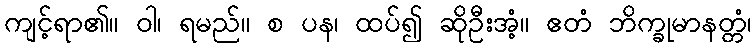
ကျင့်ရာ၏။ ဝါ၊ ရမည်။ စ ပန၊ ထပ်၍ ဆိုဦးအံ့။ ဧတံ ဘိက္ခုမာနတ္တံ၊